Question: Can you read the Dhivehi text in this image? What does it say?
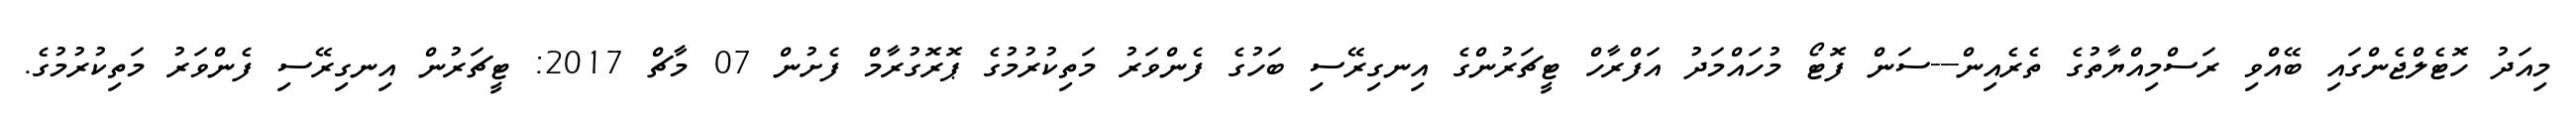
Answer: މިއަދު ހޮޓެލްޖެންގައި ބޭއްވި ރަސްމިއްޔާތުގެ ތެރެއިން---ސަން ފޮޓޯ މުހައްމަދު އަފްރާހް ޓީޗަރުންގެ އިނގިރޭސި ބަހުގެ ފެންވަރު މަތިކުރުމުގެ ޕޮރޮގުރާމް ފެށުން 07 މާޗް 2017: ޓީޗަރުން އިނގިރޭސި ފެންވަރު މަތިކުރުމުގެ.